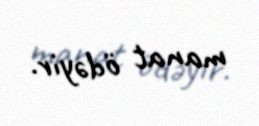
manat ödəyir.